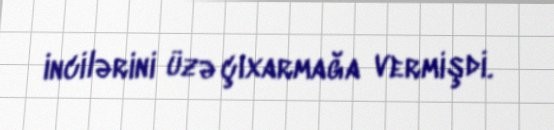
incilərini üzə çıxarmağa vermişdi.